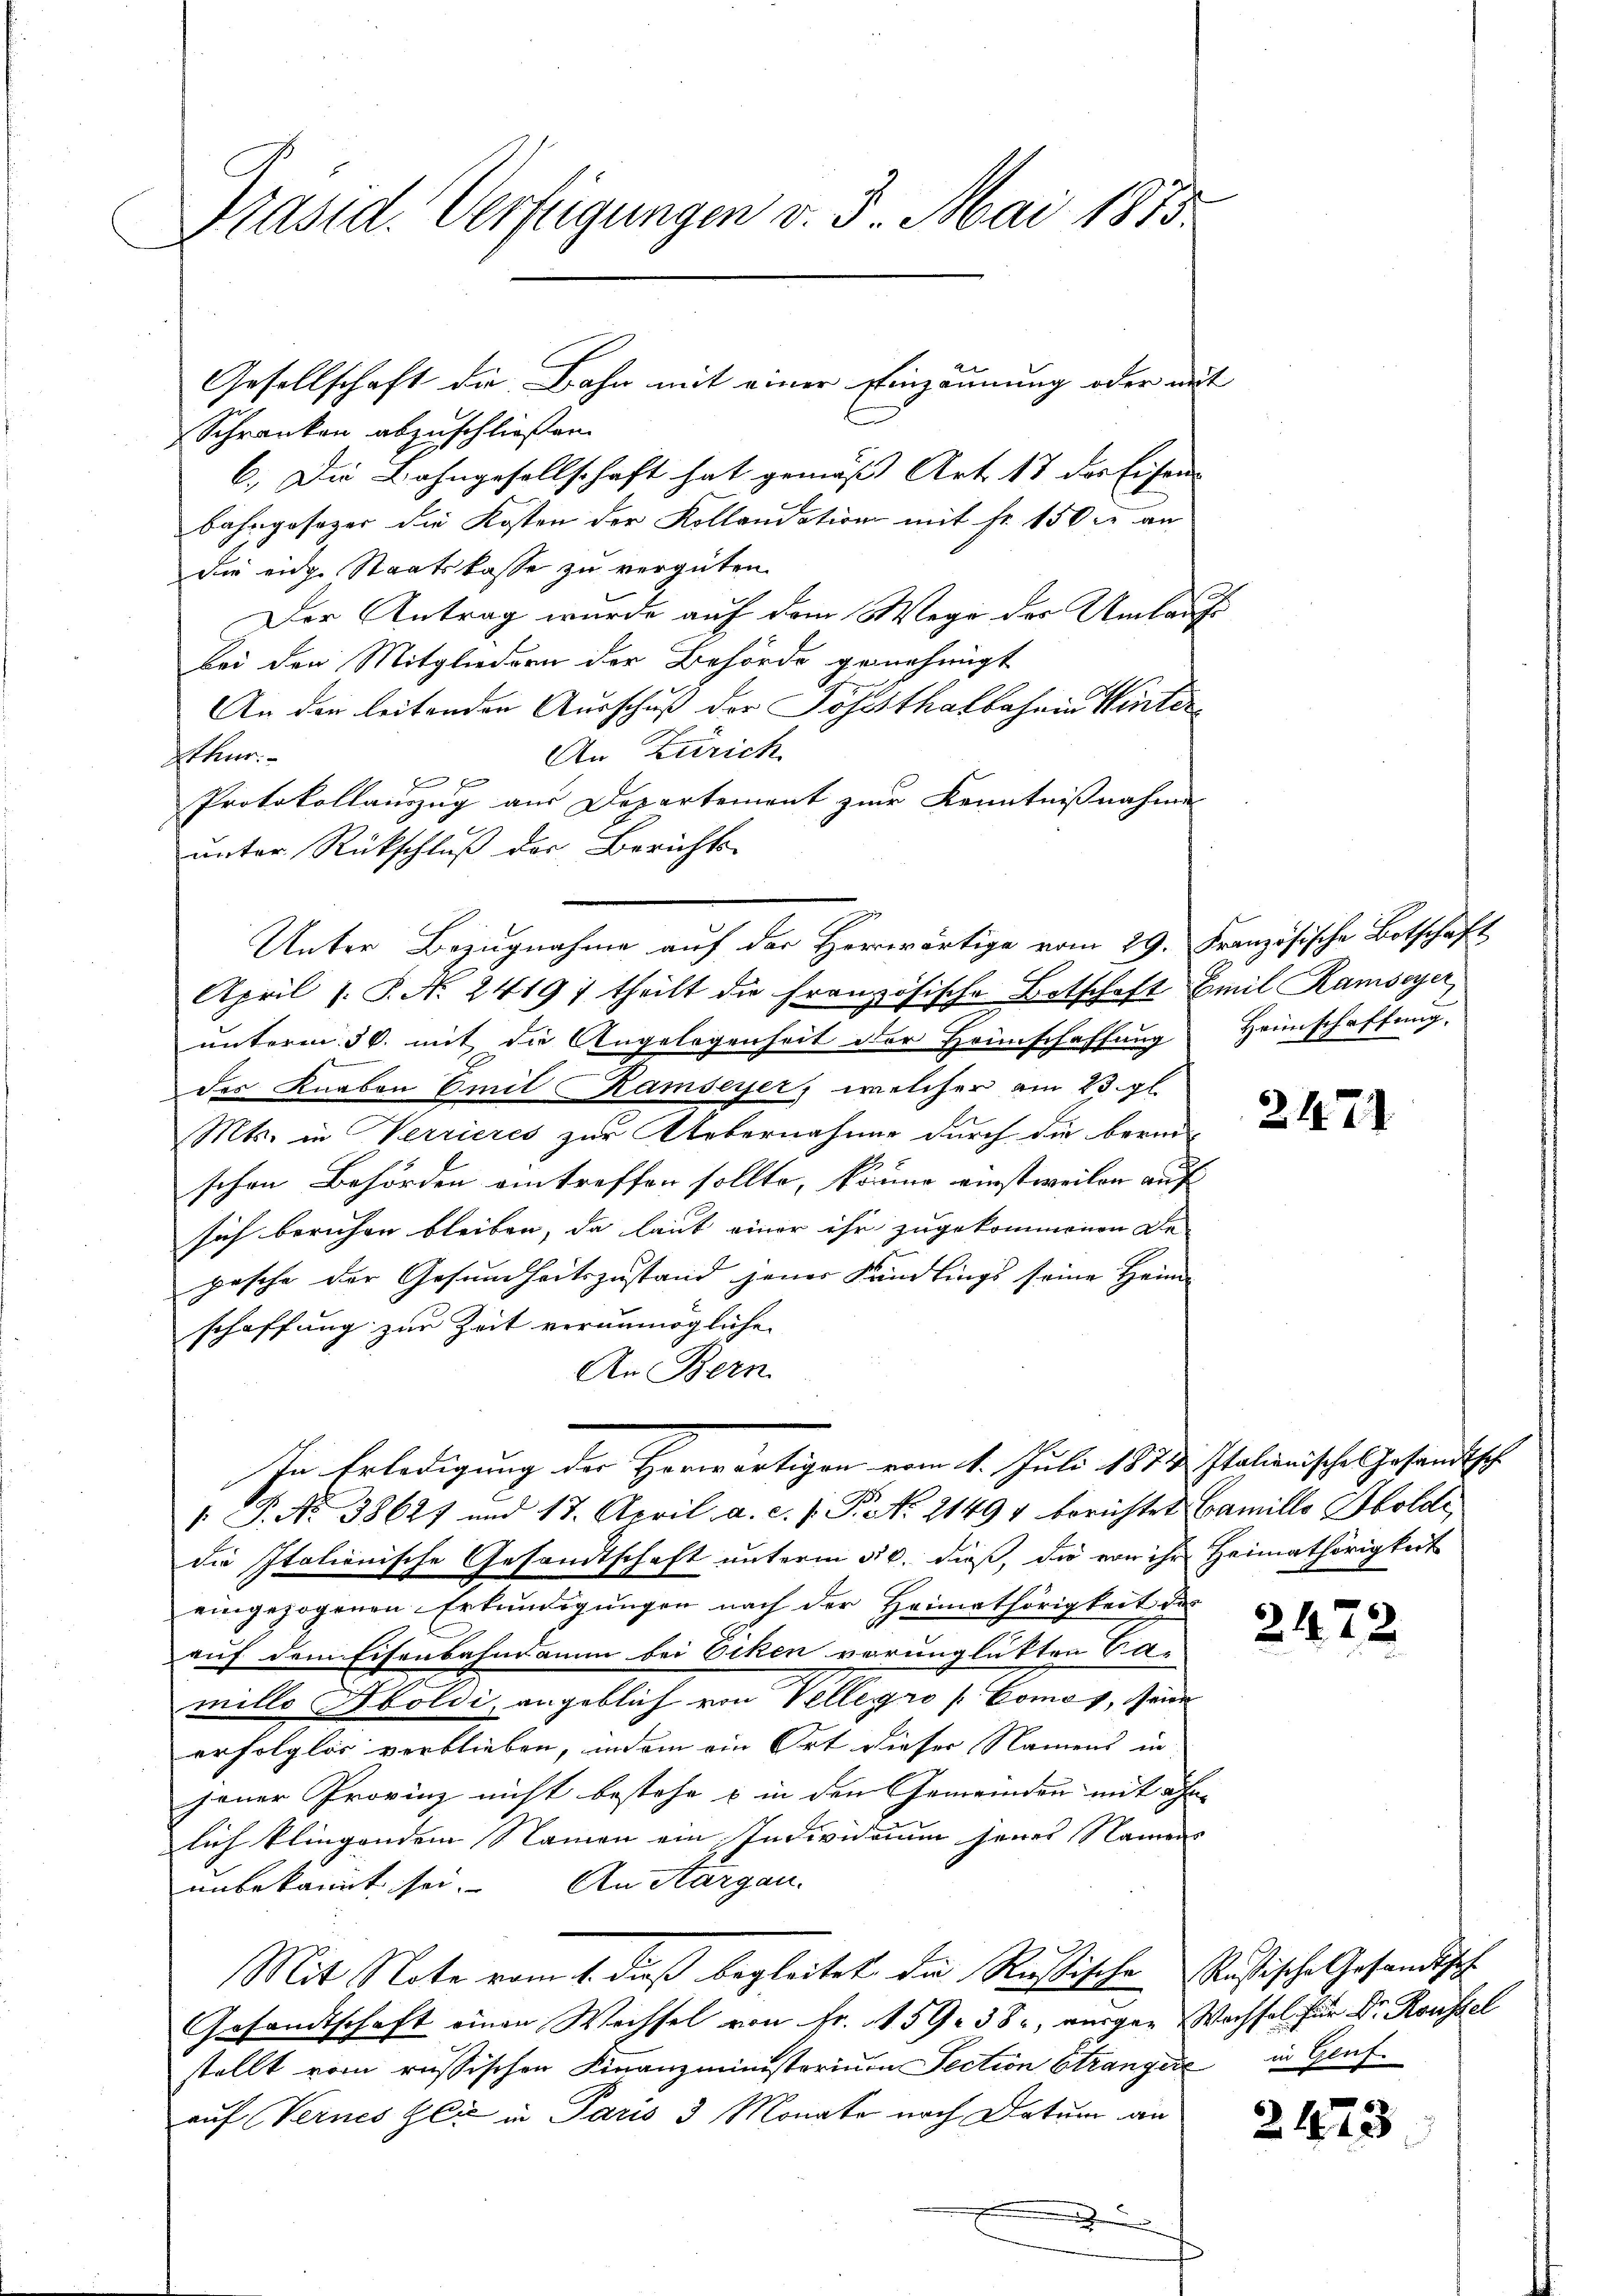
Präsid. Verfügungen v. 3. Mai 1875

Schranken abzuschließen
6.) Die Bahngesellschaft hat gemäss Art. 17 des Eisen
bahngesager die Kosten der Kollandation mit fr. 150 r an
die eidg. Staatskasse zu vergüten.
Der Antrag wurde auf dem Wege der Umlaufs
bei den Mitgliedern der Behörde genehmigt
An der leitenden Ausschuß der Josesthalbahren Winter¬
An Zürich.
Ethur.
He
Protokollauszug aus Departement zur Kenntnißnahme
unter Rückschluß der Berichts-
Unter Bezugnahme auf der Herwärtige vom 29. Französische Botschaft
April 1 S. No. 2419) theilt die französische Botschaft Emil Ramseyer
unterm 30. mit die Angelegenheit der Heinschaffung
des Knaben Emil Ramseyer, welcher am 23. gl.
Mts. in Verrieres zur Uebernahmer durch die berei
schen Behörden eintreffen sollte, könne einstweilen auf
sich beruhen bleiben, da laut einer ihr zugekommenen De
pesche der Gesundheitszustand jener Kundlings seine Heim
schaffung zur Zeit verunmöglichen |
An Bern
In Erledigung der Horwärtigen vom 11. Juli 1873. Italienisches Gesandtsch
1 P. No 38627 und 17. April a. c. s. P. Nr. 21494 berichtet Famille Holde
die Italienische Gesandtschaft unterm 30. dieß, die von ihr Heimathörigkeit
eingezogenen Erkundigungen nach der Heimathörigkeit des
auf dem Eisenbahndamm bei Eiken verunglükten Camille Aboldi, angeblich von Vellegro [Comos, seine
erfolglos verblieben, indem ein Ort dieser Namens in |
jener Provinz nicht bestehe & in den Gemeinden mit ohne
lich klingendem Namen ein Individarum jener Namens
unbekannt sei. An Aargau.
Mit Note vom 1. dieß begleitet die Rustischen Ristische Gesandtsch
Gesandtschaft einen Wechsel von Fr. 159. 38, verger Wachsel für Dr. Roussel
stellt vom russischen Finanzministerium Section Stranger in Genfauf Vernes Gli in Paris 3 Monate nach Datum an
.

Gesellschaft die Bahn mit einer Einzäunung oder mit

Heimschaffung.

247.

2472

2473